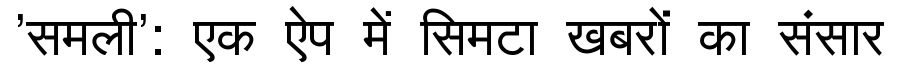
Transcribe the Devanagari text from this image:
'समली': एक ऐप में सिमटा खबरों का संसार